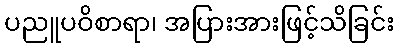
ပညူပဝိစာရာ၊ အပြားအားဖြင့်သိခြင်း